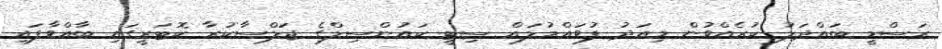
ރަސްމީ ބައްދަލު ކުރެއްވުން މިއަދު ފުވައްމުލައް ސިޓީ ކައުންސިލްގެ ޖަލްސާކުރާ ކޮޓަރީގައި ބާއްވާފައި